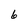
Character: 6